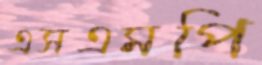
এসএমপি